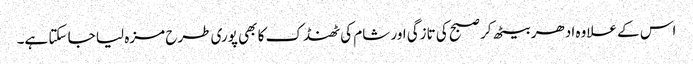
اس کے علاوہ ادھر بیٹھ کر صبح کی تازگی اور شام کی ٹھنڈک کا بھی پوری طرح مزہ لیا جا سکتا ہے۔